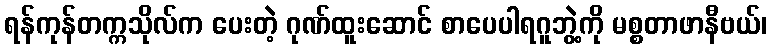
ရန်ကုန်တက္ကသိုလ်က ပေးတဲ့ ဂုဏ်ထူးဆောင် စာပေပါရဂူဘွဲ့ကို မစ္စတာဖာနီဗယ်၊